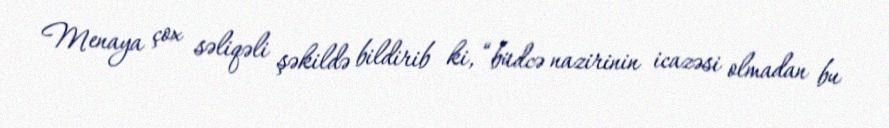
Menaya çox səliqəli şəkildə bildirib ki, “büdcə nazirinin icazəsi olmadan bu